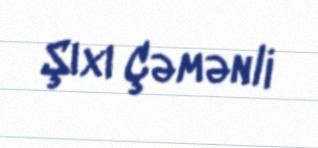
Şıxı Çəmənli